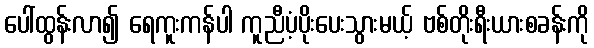
ပေါ်ထွန်းလာ၍ ရေကူးကန်ပါ ကူညီပံ့ပိုးပေးသွားမယ့် ဗစ်တိုးရီးယားစခန်းကို